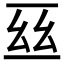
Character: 𠄮